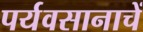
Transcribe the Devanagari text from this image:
पर्यवसानाचें